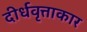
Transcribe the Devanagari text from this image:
दीर्धवृत्ताकार